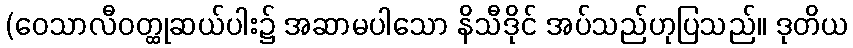
(ဝေသာလီဝတ္ထုဆယ်ပါး၌ အဆာမပါသော နိသီဒိုင် အပ်သည်ဟုပြသည်။ ဒုတိယ